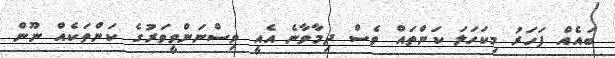
ބައެއް ފަހަރު މިކަހަލަ ކަންތައް ވެސް ދިމާވާނެ އެއީ ވިސްނަންވީވަރުގެ ކަންތަކެއް ނޫން